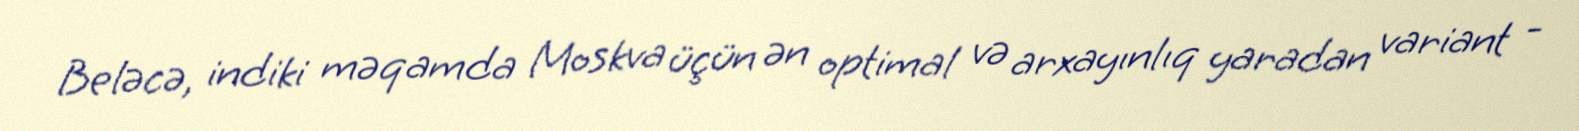
Beləcə, indiki məqamda Moskva üçün ən optimal və arxayınlıq yaradan variant -